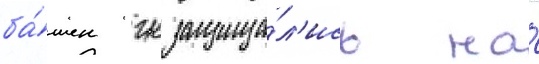
ба́шен гк защища́л'ись на́